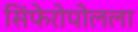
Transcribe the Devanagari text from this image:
सिंफेरोपोलला